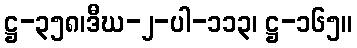
ဋ္ဌ-၃၅၈၊ဒီဃ-၂-ပါ-၁၁၃၊ ဋ္ဌ-၁၆၅။